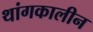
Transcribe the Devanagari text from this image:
थांगकालीन